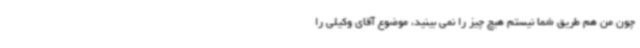
چون من هم طریق شما نیستم هیچ چیز را نمی بینید، موضوع آقای وکیلی را